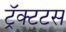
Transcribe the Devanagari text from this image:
ट्रॅक्टटस